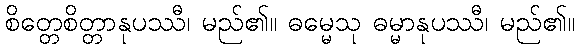
စိတ္တေစိတ္တာနုပဿီ၊ မည်၏။ ဓမ္မေသု ဓမ္မာနုပဿီ၊ မည်၏။